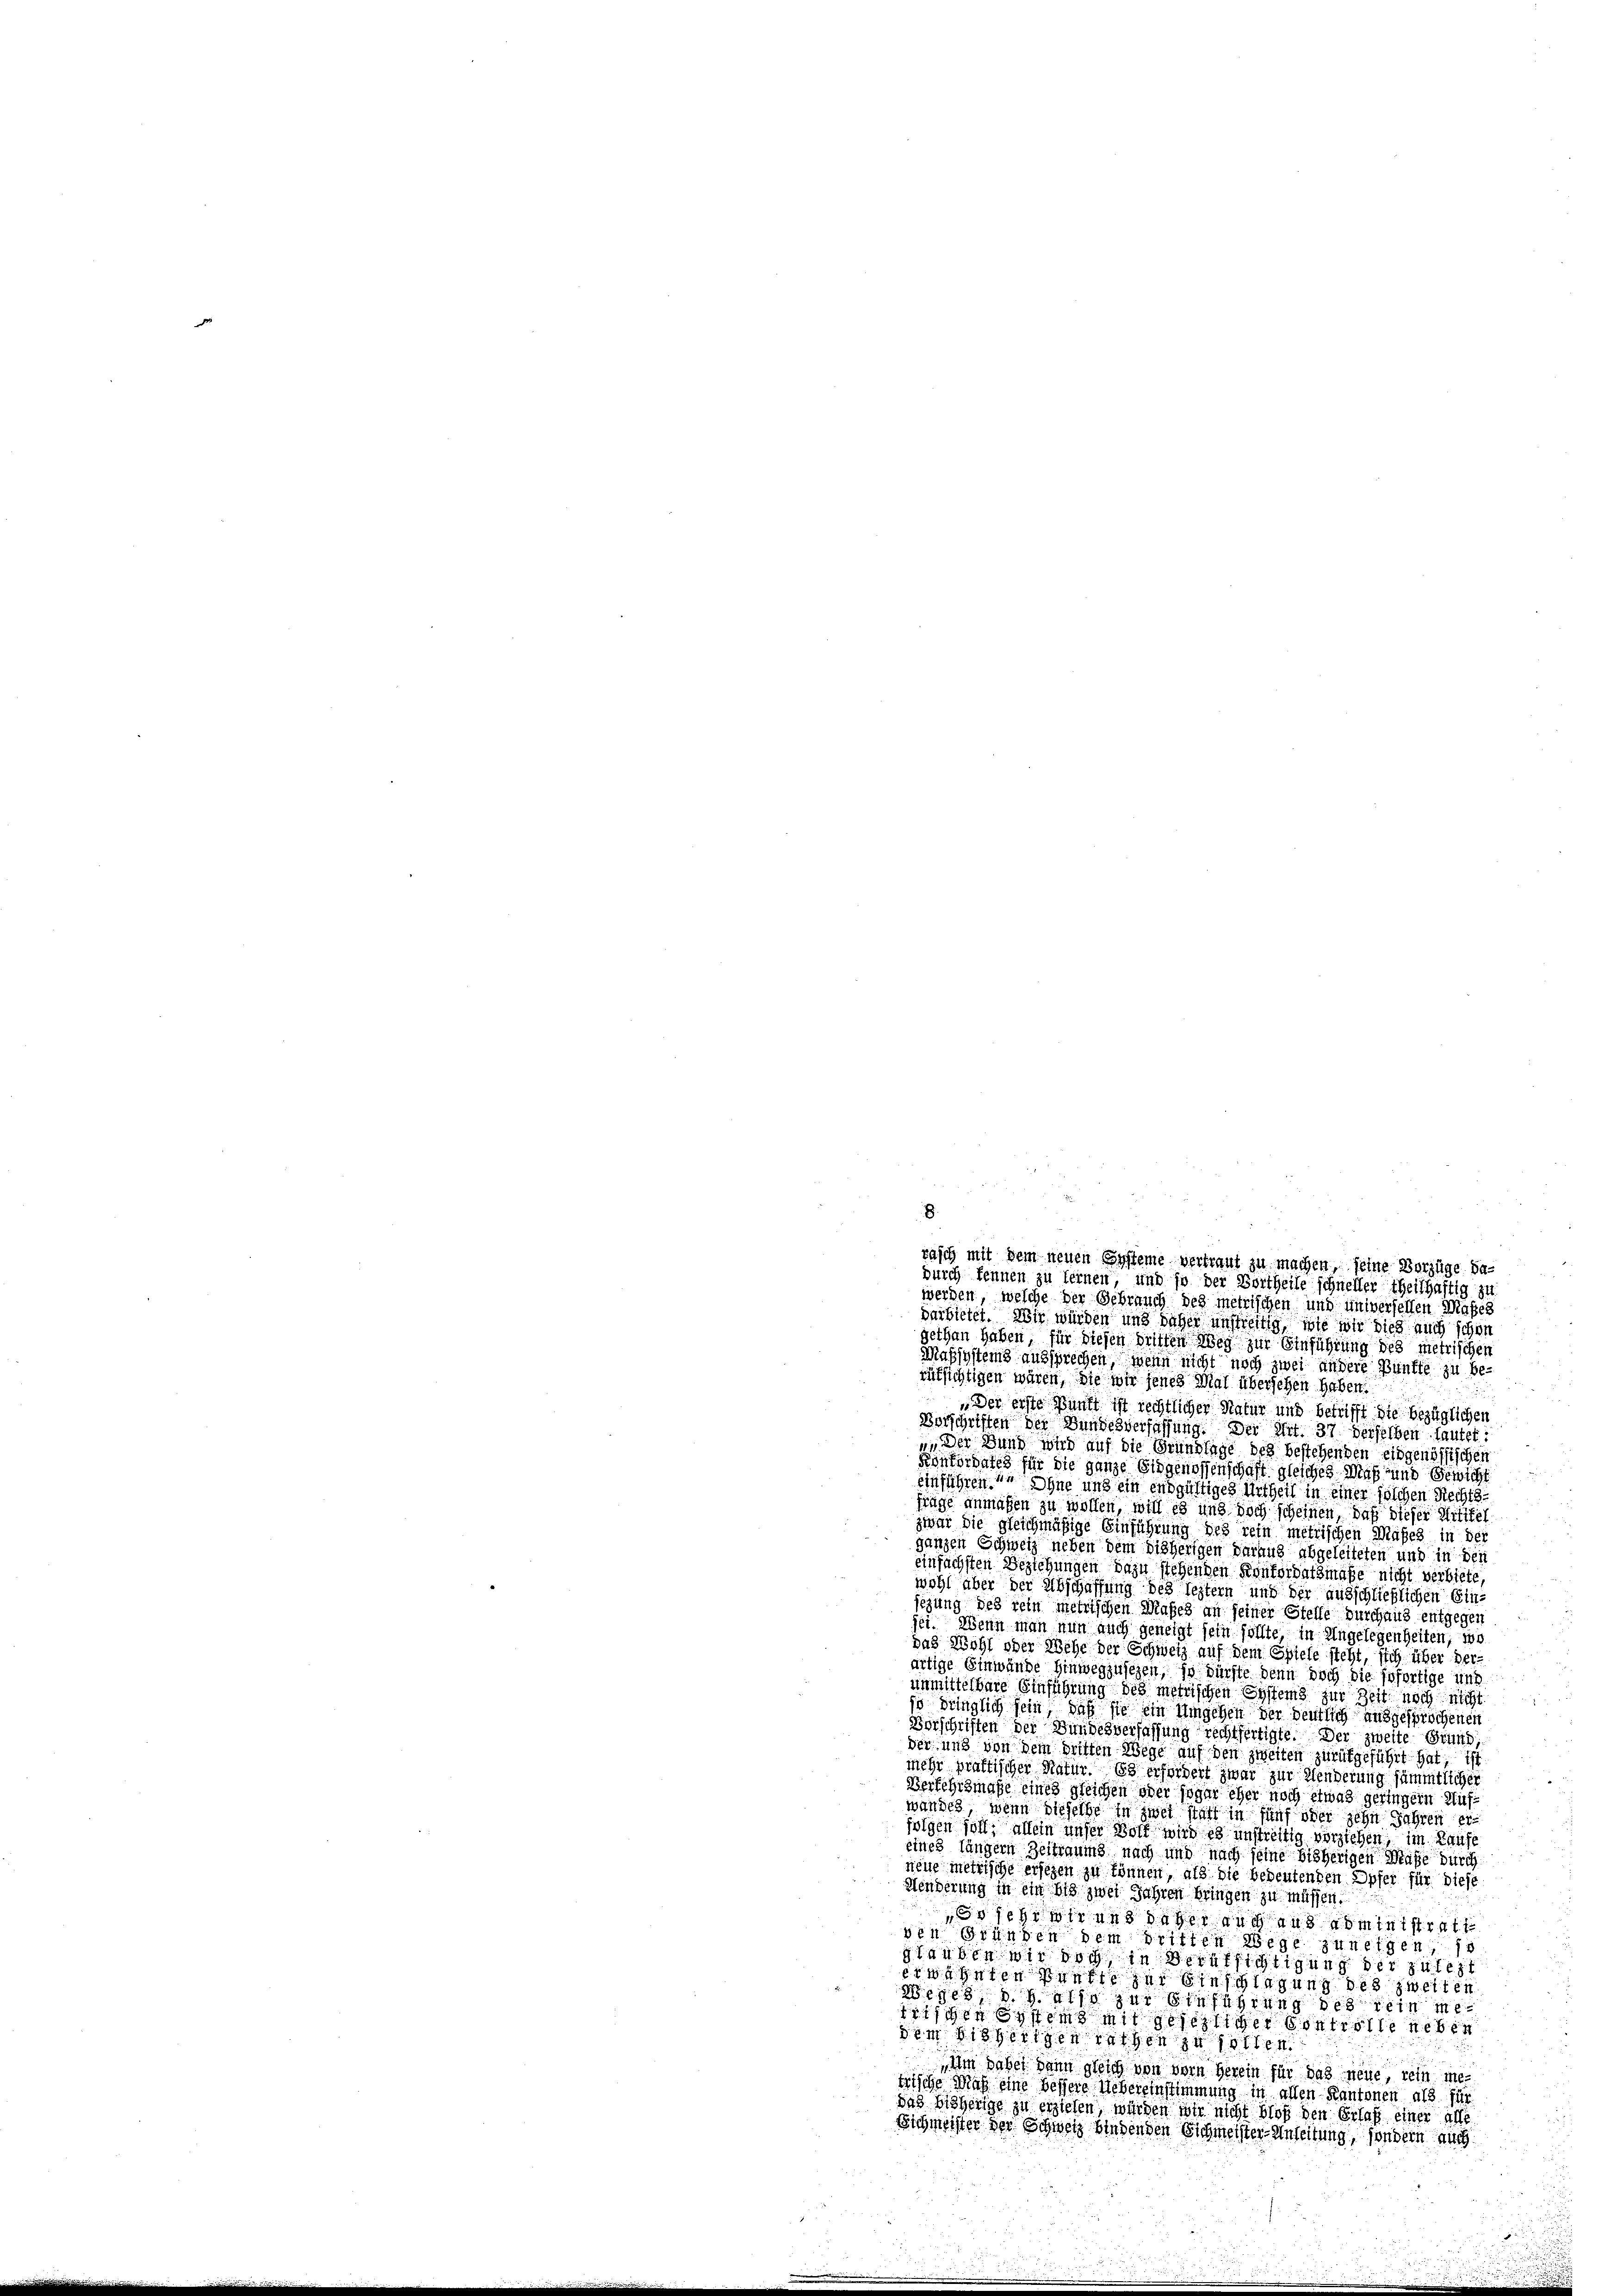
8

darbietet. Wir würden und daher unstreitig, wie wir dies auch schon
gethan haben, für diesen dritten Weg zur Einführung des metrischen
Maßsystems aussprechen, wenn nicht noch zwei andere Bünfte zu berüksichtigen wären, die wir jenes Mal übersehen haben
Der erste Punkt ist rechtlicher Natur und betrifft die bezüglichen
Vorschriften der Bundesverfassung. Der Art. 37 derselben lautet,
". Der Bund wird auf die Grundlage des bestehenden eidgenössischen
Konkordates für die ganze Eidgenossenschaft gleiches Maß und Gewicht
Einführen. Ohne und ein endgültiges Urtheil in einer solchen Rechts-
finge anmaßen zu wollen, will es und doch scheinen, daß dieser Mittel
zwar die gleichmäßige Einführung des rein metrischen Maßes in der
ganzen Schweiz neben dem bisherigen daraus abgeleiteten und in den
einfachsten Beziehungen dazu stehenden Konkordatsmaße nicht verbiete
wohl aber der Abschaffung des leztern und der ausschließlichen Einsezung des rein metrischen Masch an seiner Stelle durchaus entgegen
jet. Wenn man nun auch geneigt sein sollte, in Angelegenheiten, we
das Wohl oder Wehe der Schweiz auf dem Spiele steht, sich über derärtige Einwände hinwegzusehen, so dürfte denn doch die sofortige und
unmittelbare Einführung des metrischen Systems zur Zeit noch nicht
jo dringlich sein, daß sie ein Umgehen der deutlich ausgesprochenen
Vorschriften der Bundesverfassung rechtfertigte. Der zweite Grund
der und von dem dritten Wege auf den zweiten zurükgeführt hat, ist
mehr praktischer Natur. Es erfordert zwar zur Aenderung sämmtlicher
Verfehrsmaße eines gleichen oder sogar eher noch etwas geringern Aufwandes, wenn dieselbe in zwei statt in fünf oder zehn Jahren erfolgen soll, allein unser Wort wird es unstreitig verziehen, im Laufe
eines längern Zeitraums nach und nach seine bisherigen Maße durch
neue metrische ersehen zu können, als die bedeutenden Opfer für diese
Henderung in ein bis zwei Jahren bringen zu müssen.
s ich wir und daher auch aus administrat
sen Gründen dem dritten Wege zuneigen
glauben wir doch in Berufsichtigung der zulezt
erwähnten Prefte der Einschlagung des zweiten
88090 als zur Sitzung des ein me
1711 Erstems mit gesezliger Controlle neben
dem Bierigen Rathen zu sollen.
Um dabei dann gleich von vom Herein für das neue, rein metrische Maß eine bessere Uebereinstimmung in allen Kantonen als für
das bisherige zu erziehen, werden wir nicht bloß den Erlaß einer alle
Sichmeister der Schweiz bindenden Eichmeister-Anleitung, sondern auch

rasch mit dem neuen Ersteine vertraut zu machen, seine Vorzüge be-
durch kennen zu seinen und so der Bortheile schneller theilhaftig zu
werden, welche der Gebrauch des metrischen und universelben Maßes